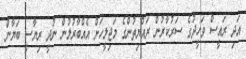
އަދި ރައީސް ވަހީދުގެ ސަރުކާރުން ރައްޔިތުންގެ މަޖިލީހަށް އެއްބާރުލުން ނުދީ ރިޔާސީ ބަޔާން